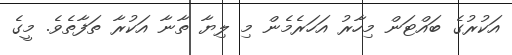
އަކުރުގެ ބައްޓަން މިހާރު އަހަރެމެން މި ލިޔާ ތާނާ އަކުރާ ތަފާތެވެ. މީގެ